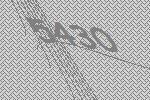
5430